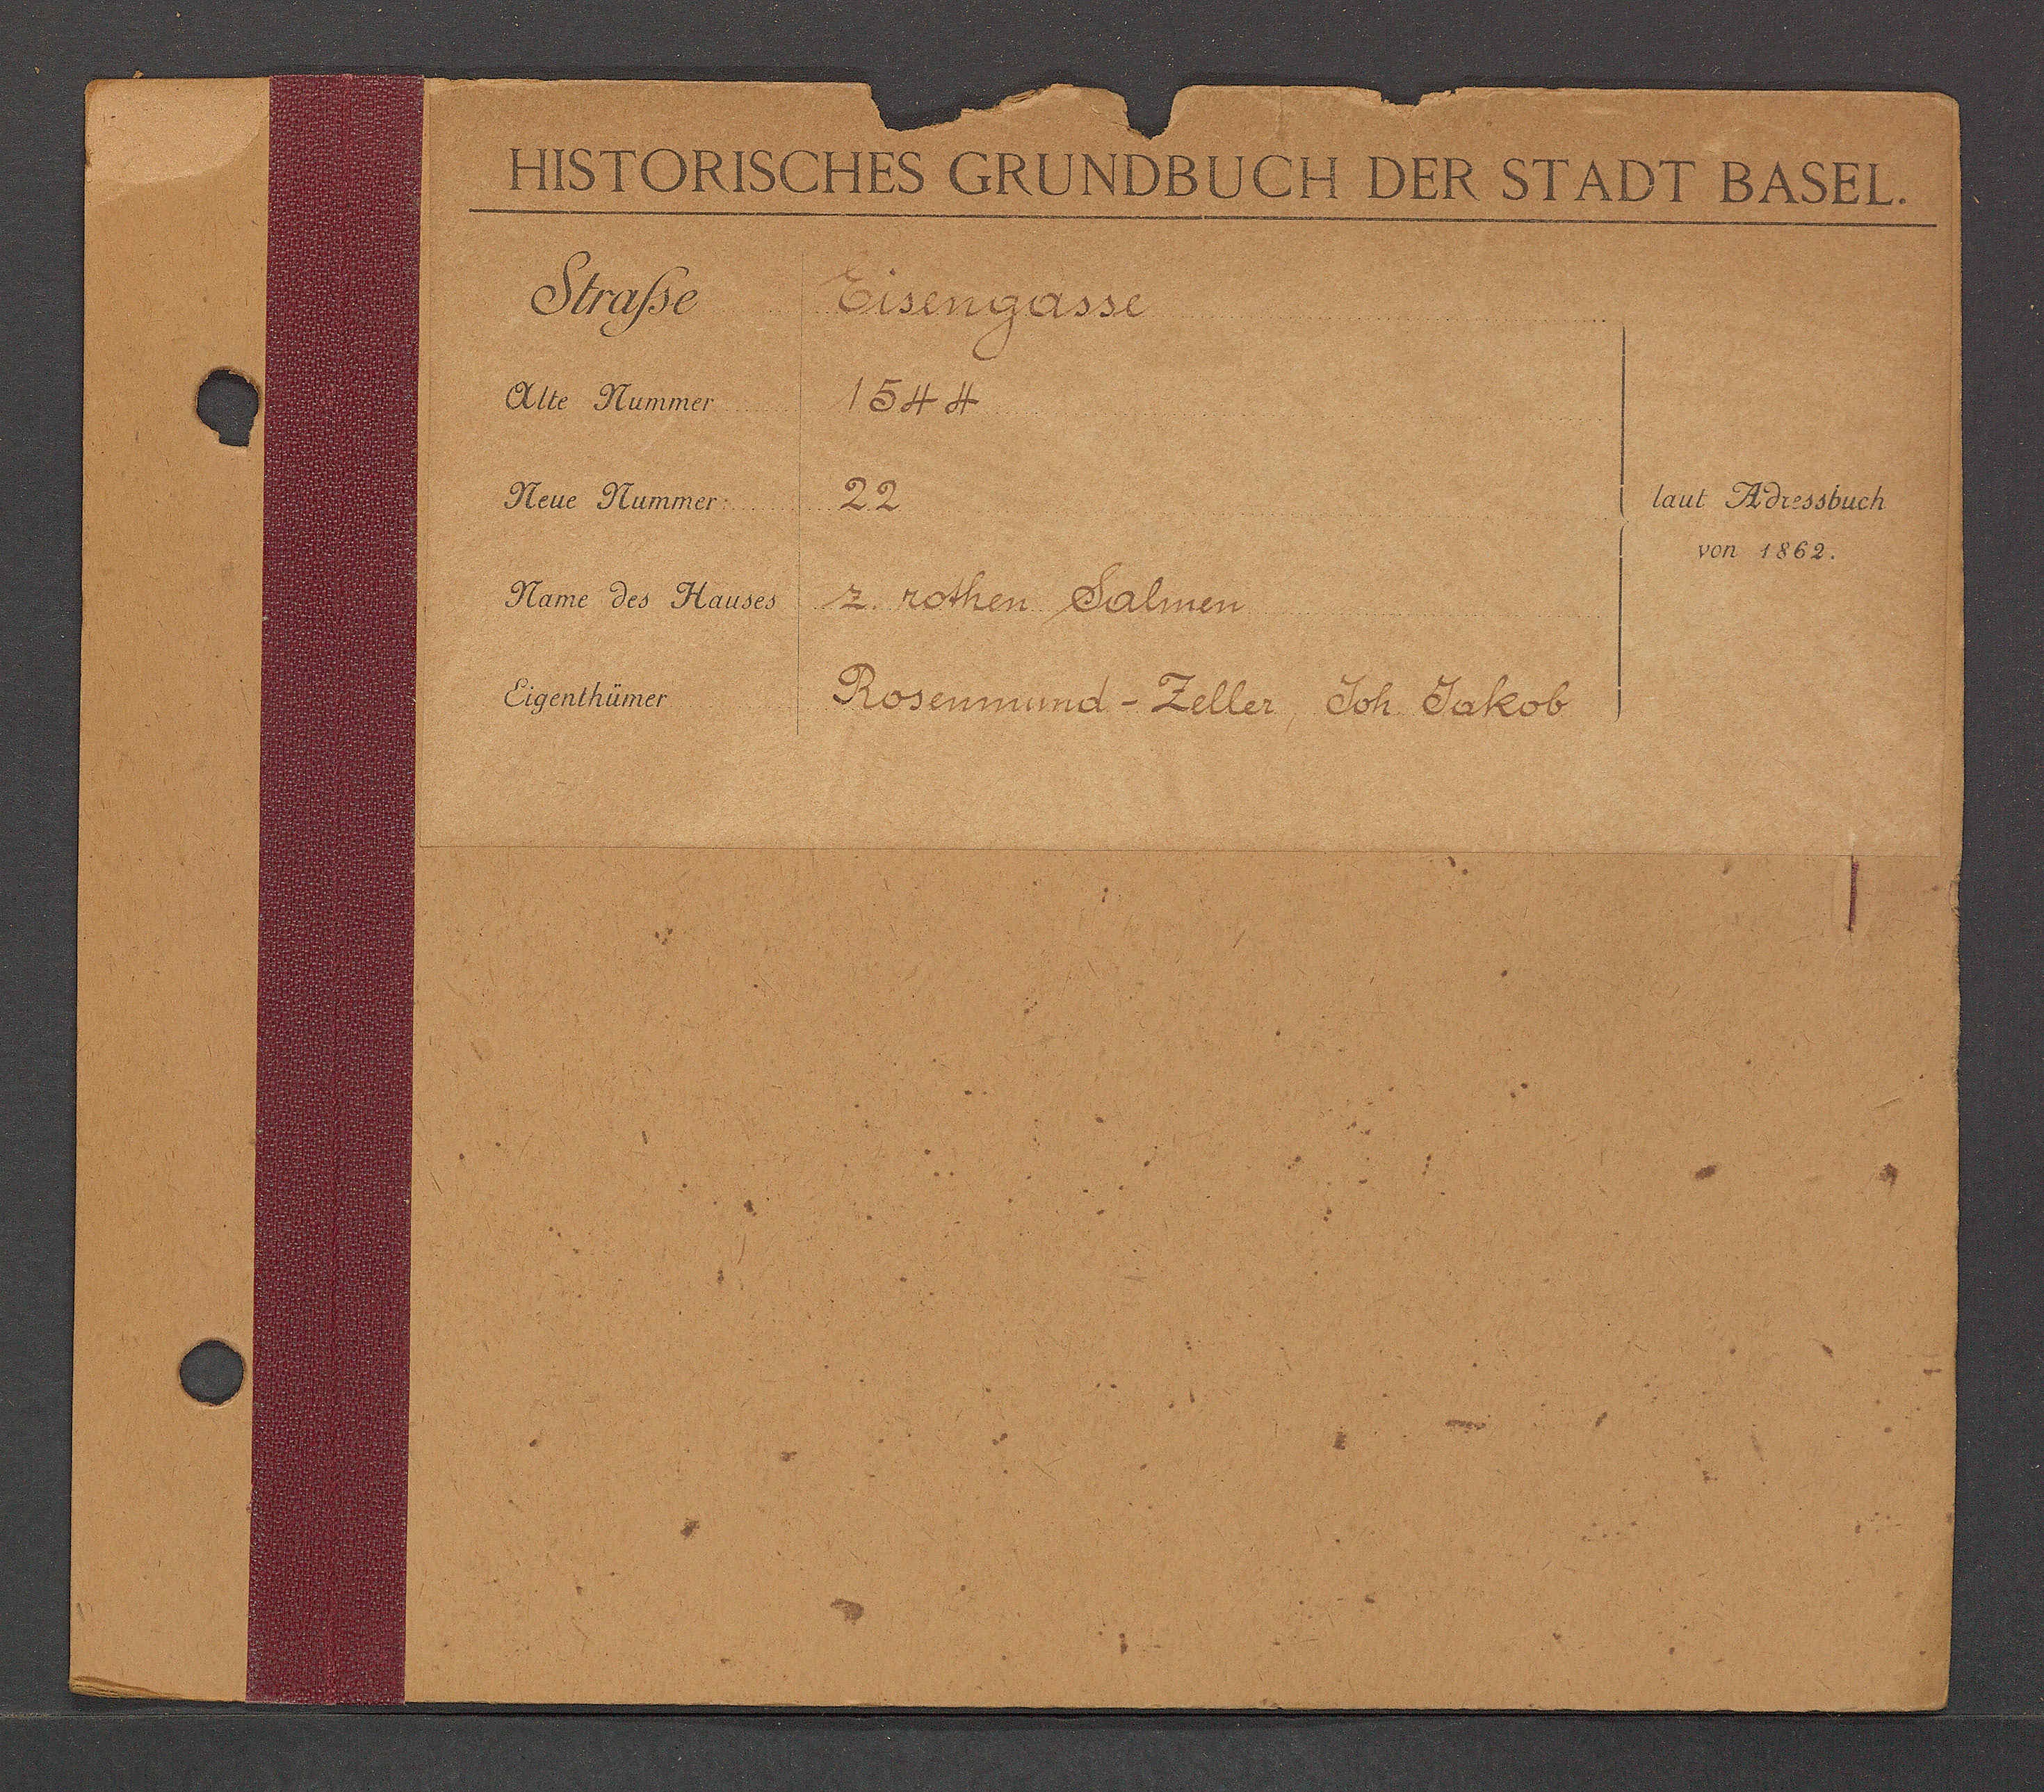
Transcript:
Eisengasse
1544
22
z. rothen Salmen
Rosenmund - Zeller, Joh. Jakob